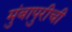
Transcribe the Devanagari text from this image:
मुंबापुरीची